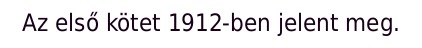
Az első kötet 1912-ben jelent meg.